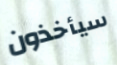
سيأخذون